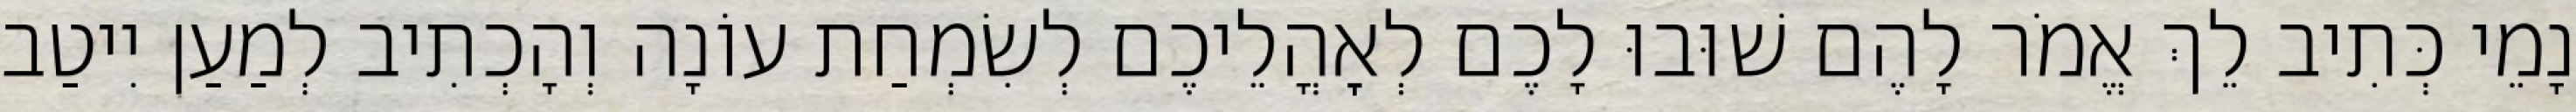
נָמֵי כְּתִיב לֵךְ אֱמֹר לָהֶם שׁוּבוּ לָכֶם לְאׇהֳלֵיכֶם לְשִׂמְחַת עוֹנָה וְהָכְתִיב לְמַעַן יִיטַב